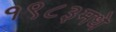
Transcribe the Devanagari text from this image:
१९८३मधे